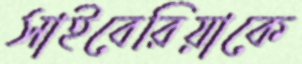
সাইবেরিয়াকে